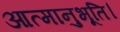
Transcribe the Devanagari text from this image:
आत्मानुभूति।